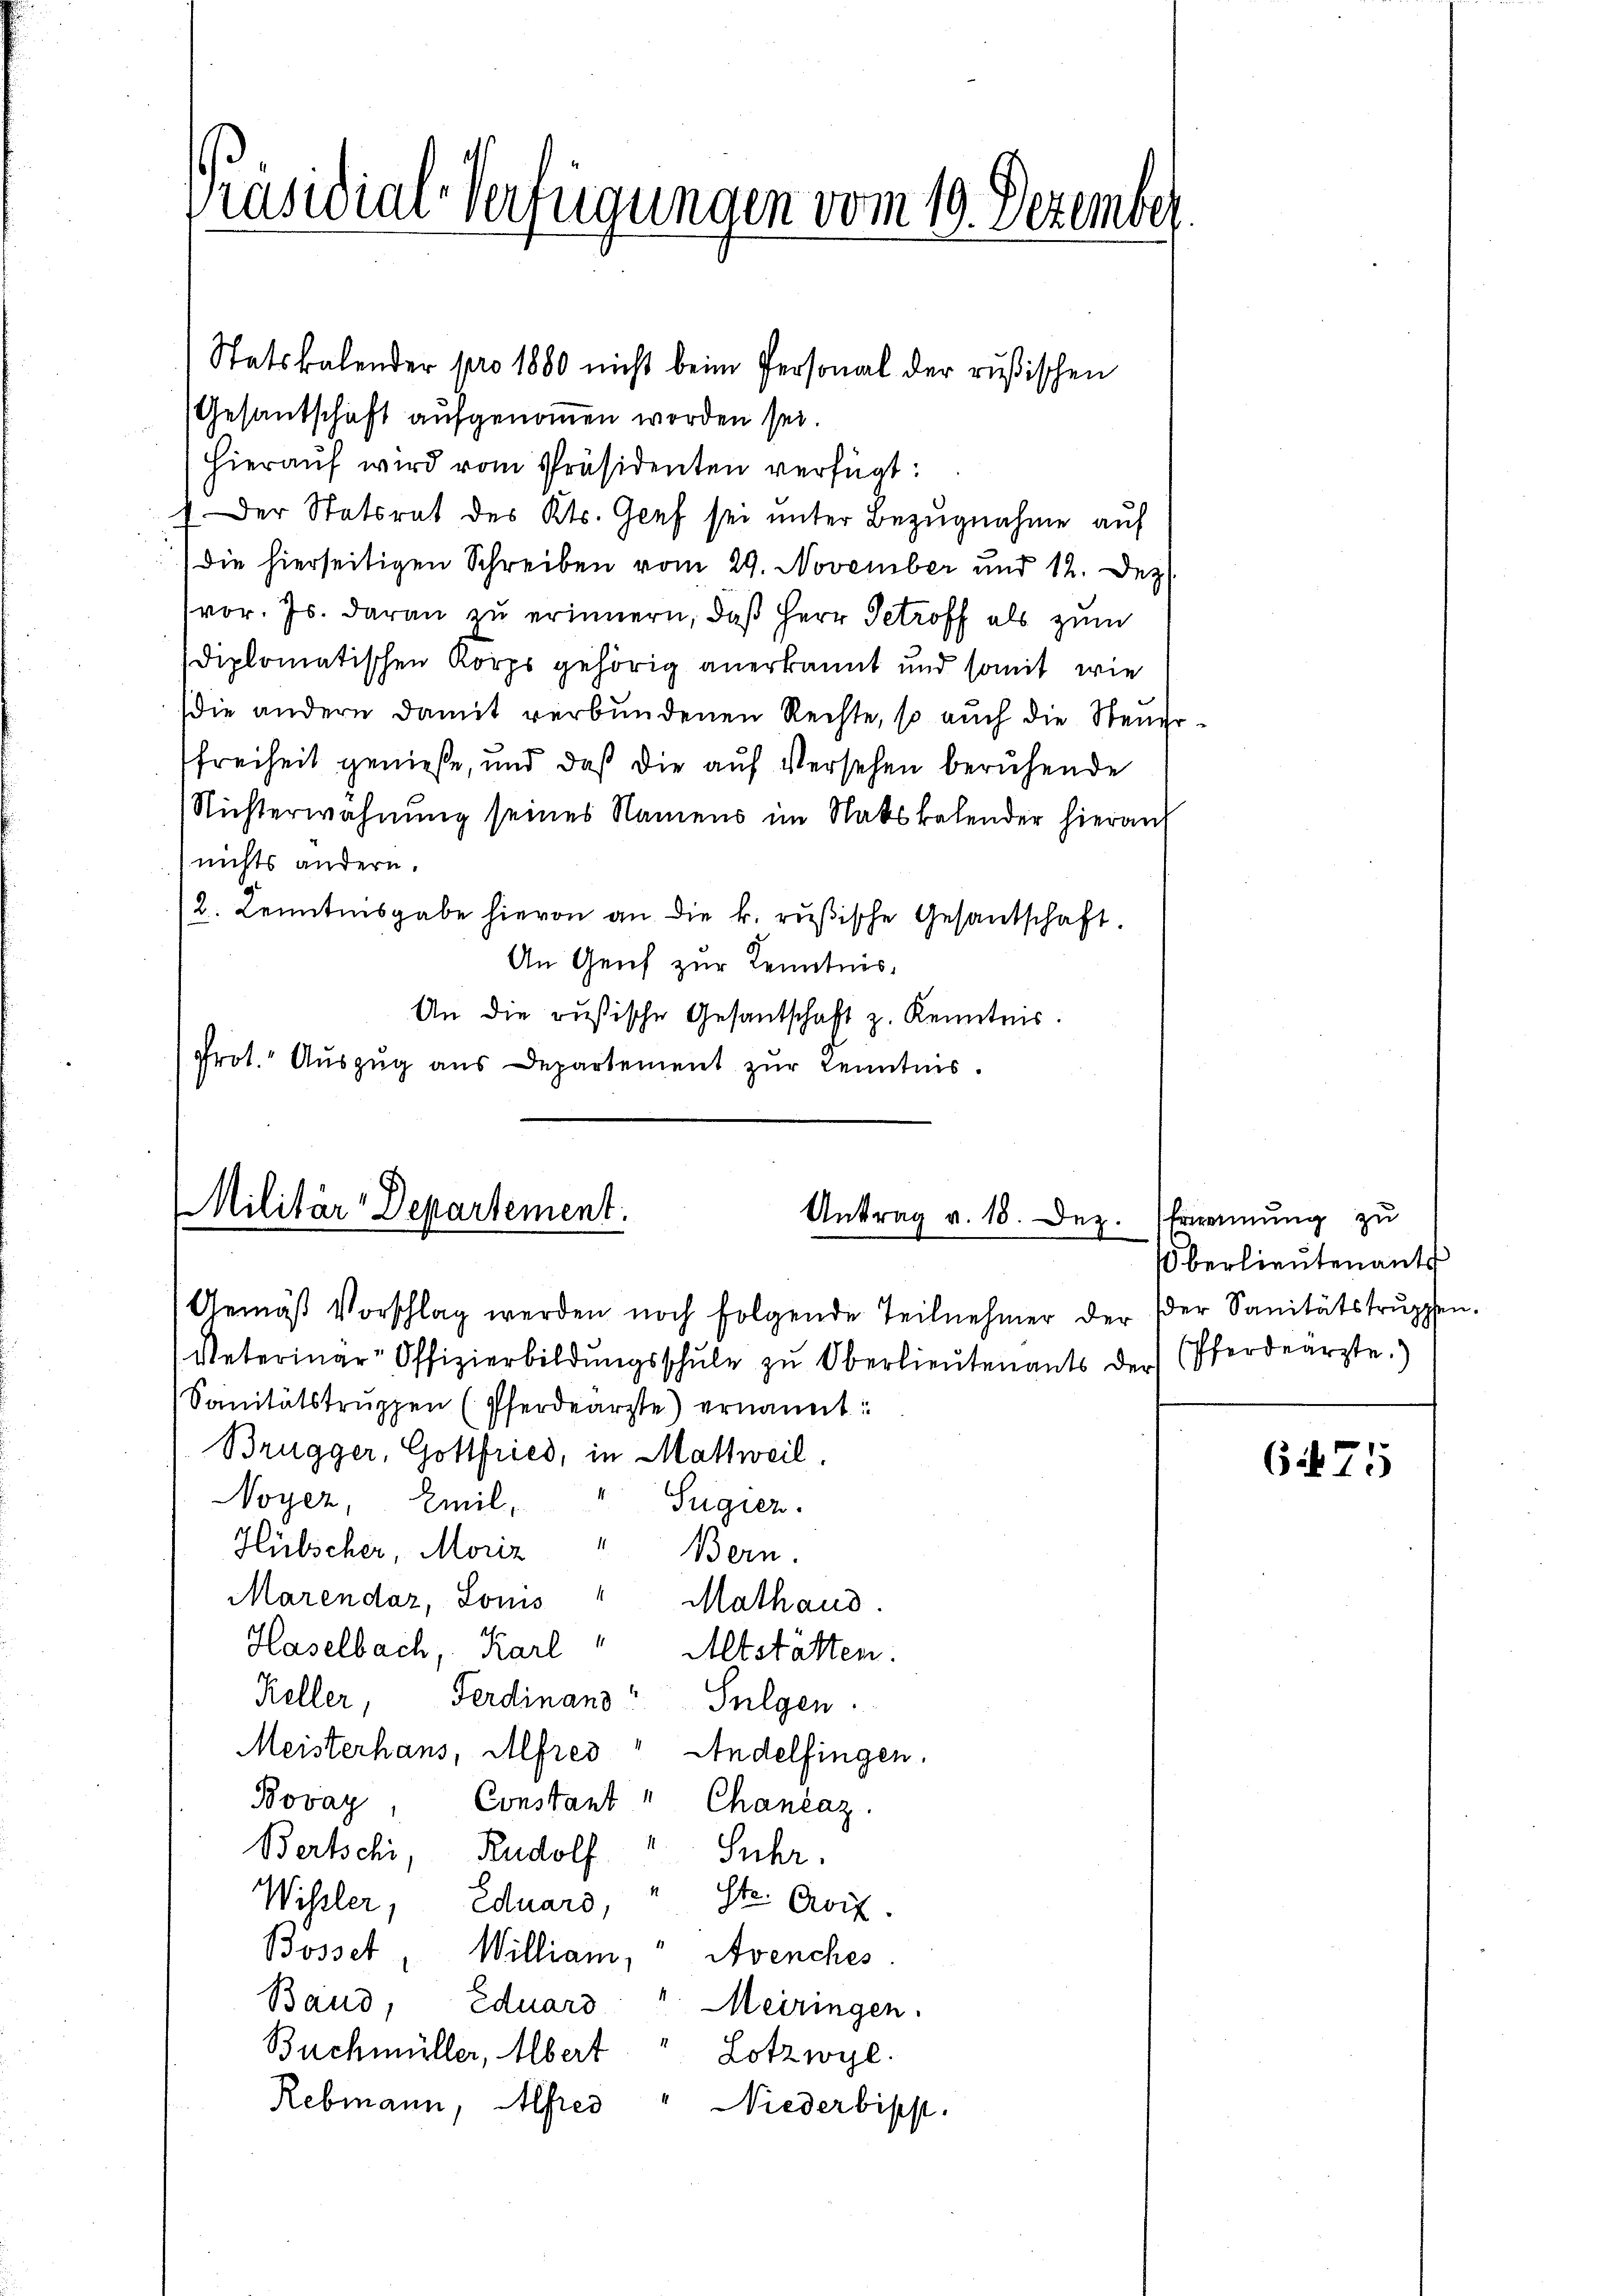
Präsidial-Verfügungen vom 10. Dezember

Statskalender pro 1880 nicht beim Personal der rusischen
Gesandschaft aufgenommen worden sei.
hieraŭf wird vom Präsidenten verfügt:
Der Statsrat des Kts. Genf sei unter Bezŭgnahme auf
die hierseitigen Schreiben vom 29. November und 12. Dez.
vor. Js. daran zu erinnern, daß Herr Getroff als zum
diplomatischen Korps gehörig anerkannt und somit wie
die andern damit verbundenen Rechte, so auch die Steuer¬
Freiheit genieße, und daß die auf Versehen beruhende
Nichterwähnung seines Namens im Ratskalender hierauf
nichts andern.
2. Kenntnisgabe hievon an die k. rusische Gesandschaft.
An Genf zur Kenntnis,
An die rusische Gesantschaft z. Kenntnis.
Prot. Auszug aus Departement zur Kenntnis.

Militär-Departement.
Antrag v. 18. Dez.

Gemäß Vorschlag werden noch folgende Teilnehmer der
Veterinar-Offizierbildŭngsschule zŭ Oberlieutenants der
Sanitätstrŭppen (Pferdearzte) ernannt:
Brügger, Gottfried, in Mattweil,
Noyer, Emil,
Sugier.
Hübscher, Moriz " Bern.
Marendar, Loms " Mathaus
Haselbach, Karl " Altstätten
Keller, Ferdinand Sulgen.
Meisterhaus, Alfres“ Andelfingen.
Bovay
Constant " Chančaz.
Bertschi, Rudolf Suhr.
Wisler, Eduard,
Str. Greif.
Bosset, William, Avenches
Band, Eduard " Meiringen.
Buchmüller, Albert Lotzwyl.
Rebmann, Alfres
Niederbisst.

Ernennung zu
Oberlieutenants
der Sanitätstruppen.
(Pferdeärzte.)

6475